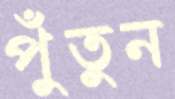
পুঁতুন